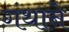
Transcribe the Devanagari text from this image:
गंथाने